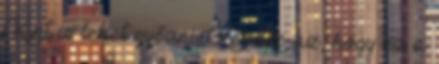
Kint is lehet győzni. Kérdés az, hogy ez a